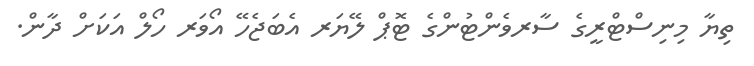
ތިޔާ މިނިސްޓްރީގެ ސާރވެންޓުންގެ ޓޮޕް ލޭޔަރ އެބަޖެހޭ އޯވަރ ހޯލް އަކަށް ދާން.